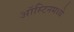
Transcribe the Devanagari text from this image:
ऑस्टिनमध्ये